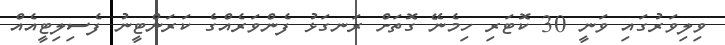
ވިލިވަރުގައި ވަނީ 30 ކޮޓަރި ހިމެނޭ ގޮތަށް ރަނގަޅު ފެންވަރެއްގެ ކަރަންޓީނު ފެސިލިޓީއެއް